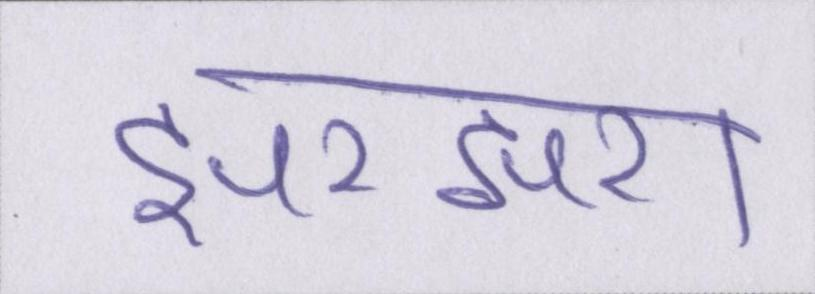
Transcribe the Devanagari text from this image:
झरझरा